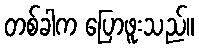
တစ်ခါက ပြောဖူးသည်။